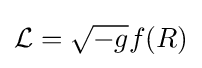
{\mathcal {L}}={\sqrt {-g}}f(R)